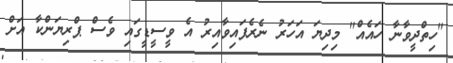
"ހިތްދީވާނާ ހައެއް" މިދިޔަ އަހަރު ނެރެފައިވާއިރު އެ ވީސީޑީގައި ވެސް ޕްރިޔަންކާ އަށް